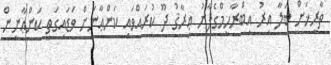
ތާރީޚަށް ބަލާ އިރު އިބްރާހީމްގެފާނު ޢިރާޤު ދޫ ކުރައްވައި ކަންޢާނަށް ވަޑައިގަތީ ކަންޢާނީން